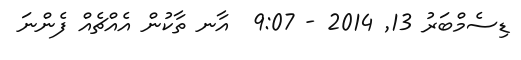
ޑިސެމްބަރު 13